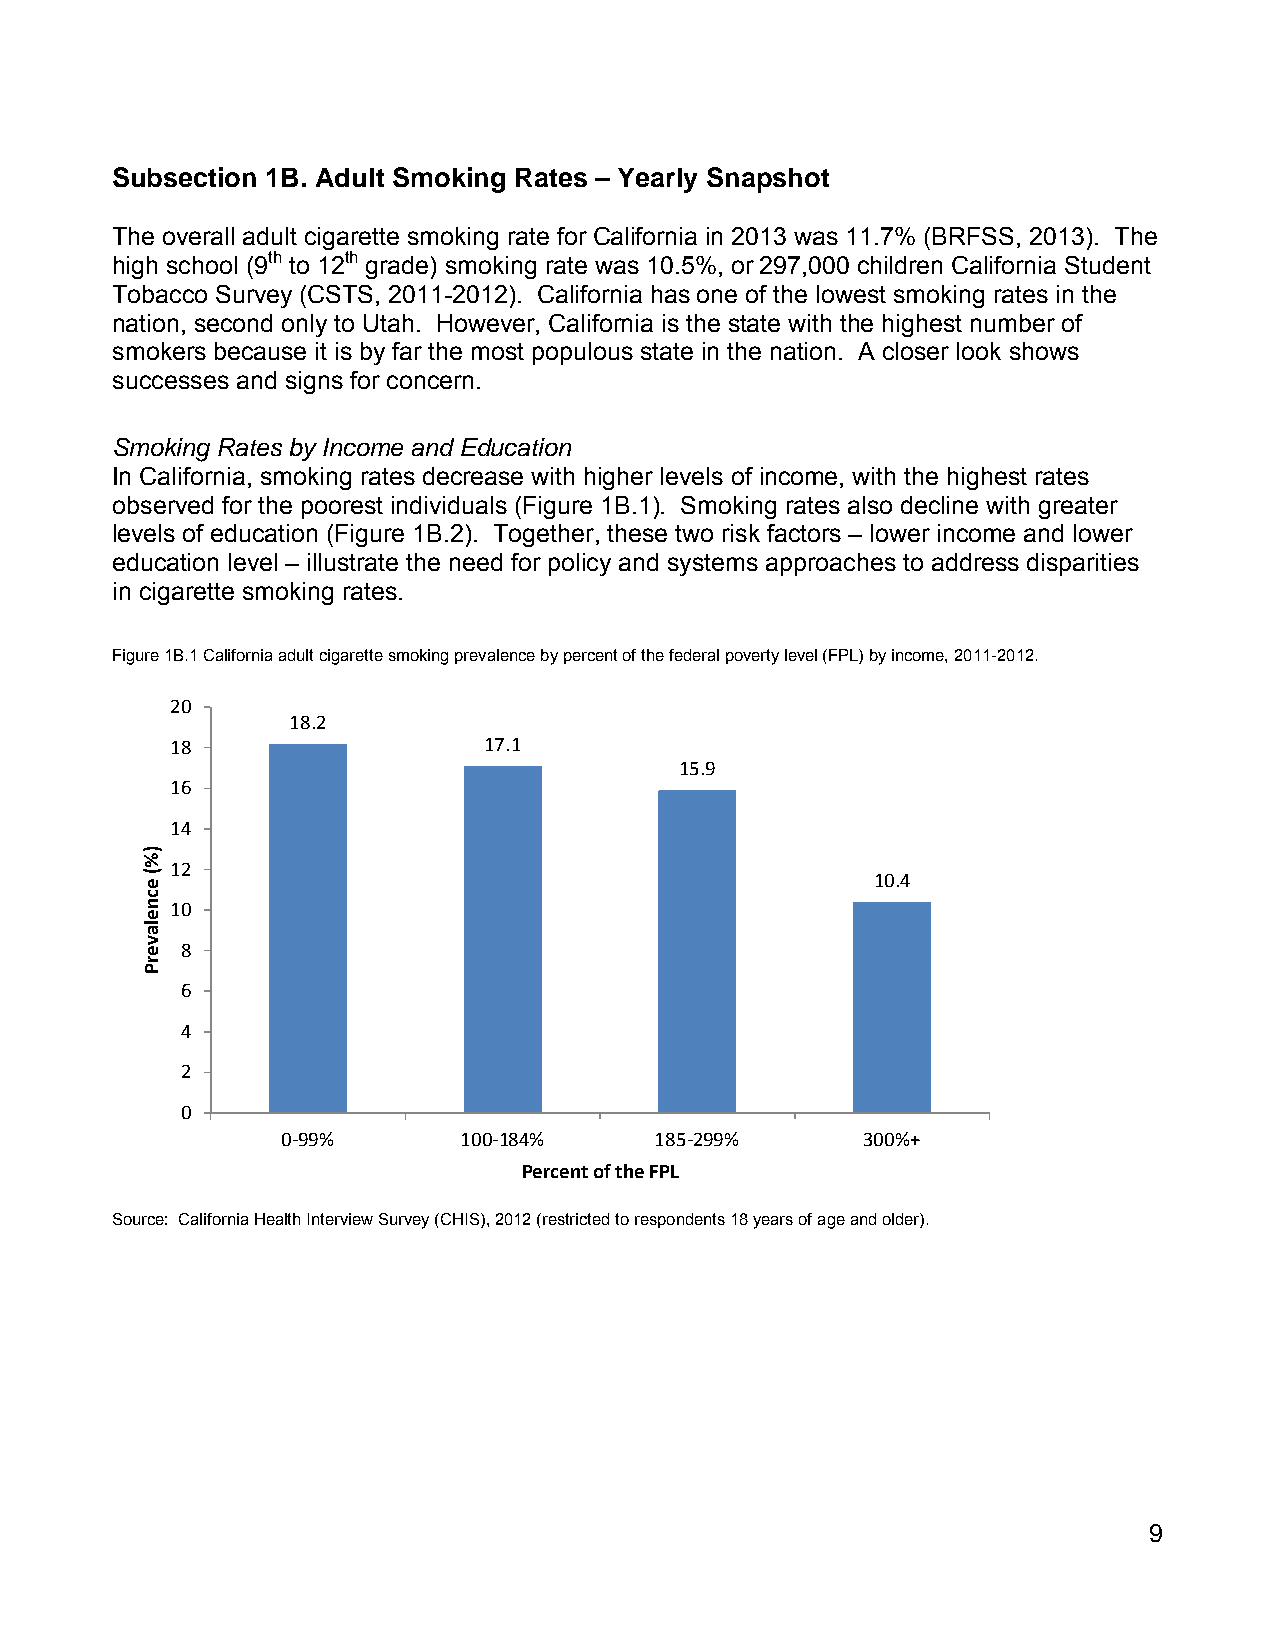
Subsection 1B. Adult Smoking Rates – Yearly Snapshot
 The overall adult cigarette smoking rate for California in 2013 was 11.7% (BRFSS, 2013). The
 high school (9th to 12th grade) smoking rate was 10.5%, or 297,000 children California Student
 Tobacco Survey (CSTS, 2011-2012). California has one of the lowest smoking rates in the
 nation, second only to Utah. However, California is the state with the highest number of
 smokers because it is by far the most populous state in the nation. A closer look shows
 successes and signs for concern.
 Smoking Rates by Income and Education
 In California, smoking rates decrease with higher levels of income, with the highest rates
 observed for the poorest individuals (Figure 1B.1). Smoking rates also decline with greater
 levels of education (Figure 1B.2). Together, these two risk factors – lower income and lower
 education level – illustrate the need for policy and systems approaches to address disparities
 in cigarette smoking rates.
 Figure 1B.1 California adult cigarette smoking prevalence by percent of the federal poverty level (FPL) by income, 2011-2012.
 20
 18.2
 18                   17.1
 15.9
 16
 14
 12
 10.4
 10
 8
 6
 4
 2
 0
 0‐99%      100‐184%     185‐299%      300%+
 Percent of the FPL
 Source: California Health Interview Survey (CHIS), 2012 (restricted to respondents 18 years of age and older).
 9
 )%(
 ecnelaverP